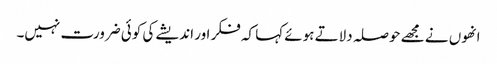
انھوں نے مجھے حوصلہ دلاتے ہوئے کہا کہ فکر اور اندیشے کی کوئی ضرورت نہیں۔